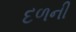
દળની